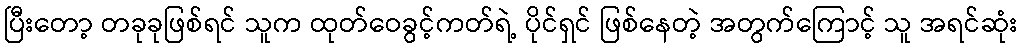
ပြီးတော့ တခုခုဖြစ်ရင် သူက ထုတ်ဝေခွင့်ကတ်ရဲ့ ပိုင်ရှင် ဖြစ်နေတဲ့ အတွက်ကြောင့် သူ အရင်ဆုံး